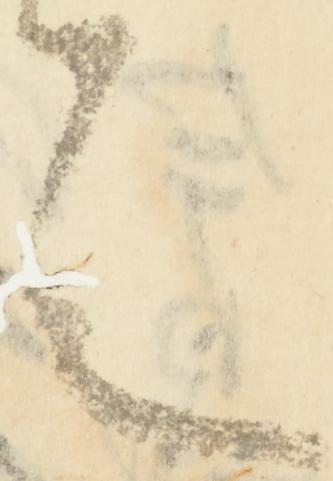
言